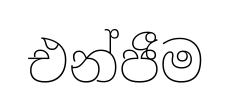
එන්ජීම